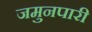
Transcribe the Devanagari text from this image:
जमुनपारी